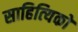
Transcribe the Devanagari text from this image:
साहित्‍यिकों